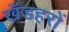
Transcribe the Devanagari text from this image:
खँडहरों